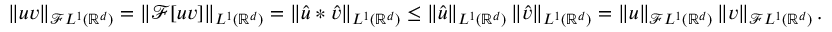
\begin{array} { r } { \left\| u v \right\| _ { \mathcal { F } L ^ { 1 } ( { \mathbb { R } } ^ { d } ) } = \left\| \mathcal { F } [ u v ] \right\| _ { L ^ { 1 } ( { \mathbb { R } } ^ { d } ) } = \left\| \widehat { u } * \widehat { v } \right\| _ { L ^ { 1 } ( { \mathbb { R } } ^ { d } ) } \leq \left\| \widehat { u } \right\| _ { L ^ { 1 } ( { \mathbb { R } } ^ { d } ) } \left\| \widehat { v } \right\| _ { L ^ { 1 } ( { \mathbb { R } } ^ { d } ) } = \left\| u \right\| _ { \mathcal { F } L ^ { 1 } ( { \mathbb { R } } ^ { d } ) } \left\| v \right\| _ { \mathcal { F } L ^ { 1 } ( { \mathbb { R } } ^ { d } ) } . } \end{array}